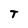
Character: T